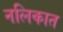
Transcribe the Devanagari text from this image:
नलिकात